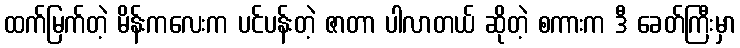
ထက်မြက်တဲ့ မိန်းကလေးက ပင်ပန်းတဲ့ ဇာတာ ပါလာတယ် ဆိုတဲ့ စကားက ဒီ ခေတ်ကြီးမှာ